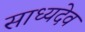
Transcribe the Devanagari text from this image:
साध्यदेव